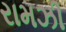
રામઝી